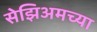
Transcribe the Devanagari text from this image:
सेझिअमच्या